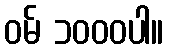
ဝမ် ၁၀၀၀ပါ။